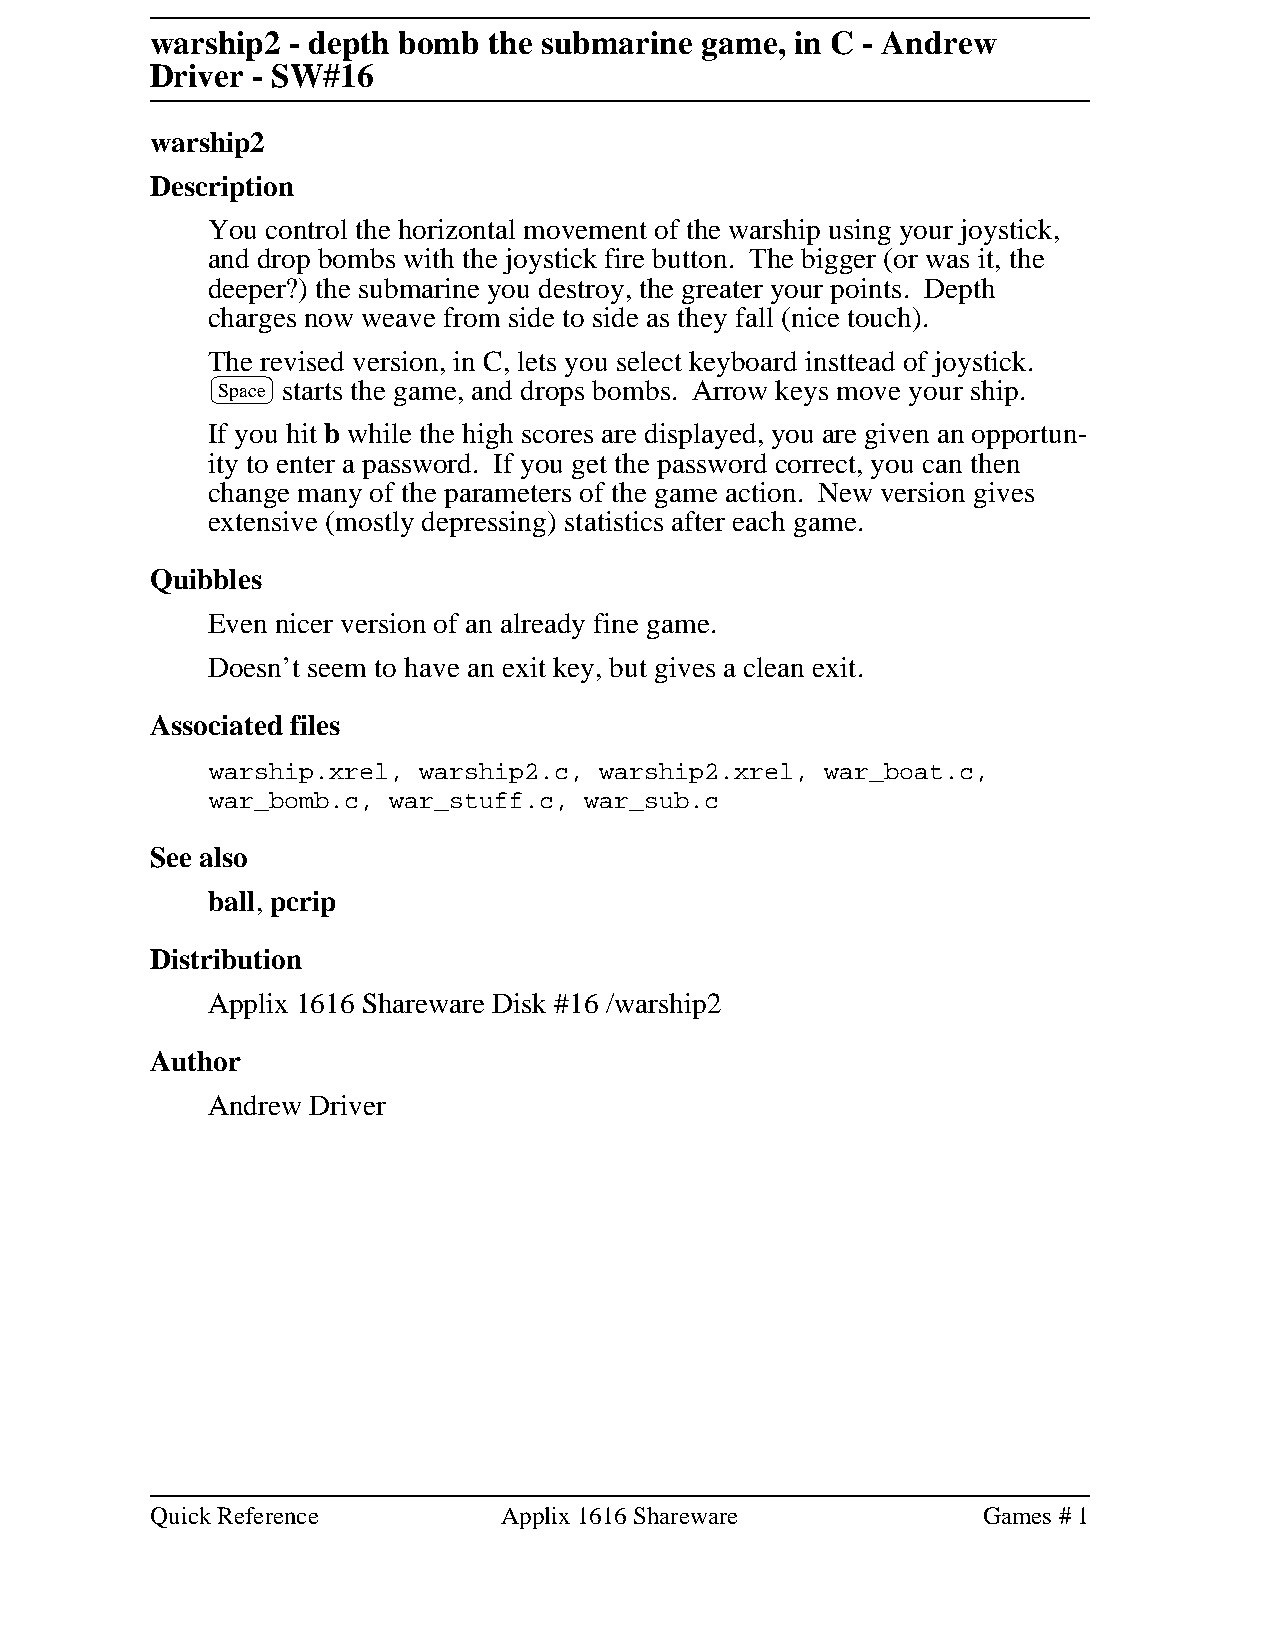
warship2 - depth bomb the submarine game,  in C - Andrew
 Driver - SW#16
 warship2
 Description
 You control the horizontal movement of the warship using your joystick,
 and drop bombs with the joystick fire button. The bigger (or was it, the
 deeper?) the submarine you destroy, the greater your points. Depth
 charges now weave from side to side as they fall (nice touch).
 The revised version, in C, lets you select keyboard insttead of joystick.
 Space starts the game, and drops bombs. Arrow keys move your ship.
 If you hit b while the high scores are displayed, you are given an opportun-
 ity to enter a password. If you get the password correct, you can then
 change many of the parameters of the game action. New version gives
 extensive (mostly depressing) statistics after each game.
 Quibbles
 Even nicer version of an already fine game.
 Doesn’t seem to have an exit key, but gives a clean exit.
 Associated files
 warship.xrel, warship2.c, warship2.xrel, war_boat.c,
 war_bomb.c, war_stuff.c, war_sub.c
 See also
 ball, pcrip
 Distribution
 Applix 1616 Shareware Disk #16 /warship2
 Author
 Andrew Driver
 Quick Reference        Applix 1616 Shareware           Games # 1